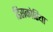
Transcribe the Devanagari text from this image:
डिसकोरिया